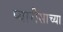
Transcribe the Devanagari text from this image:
प्यारीसाच्या